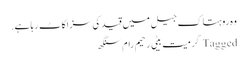
وہ روہتاک جیل میں قید کی سزاکاٹ رہا ہے.
Tagged گرمیت بیٹی رحیم رام سنگھ